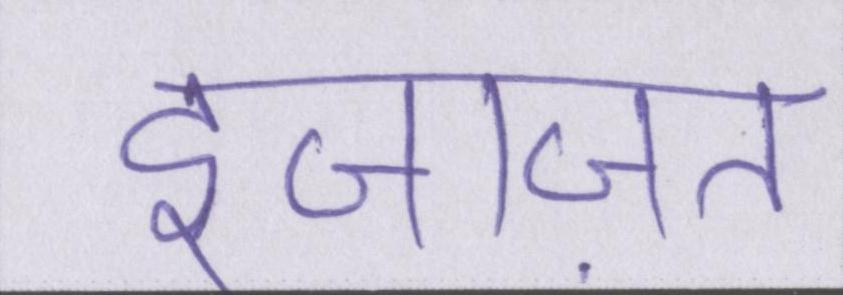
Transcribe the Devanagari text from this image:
इजाज़त